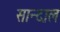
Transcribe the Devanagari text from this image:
सान्दाल